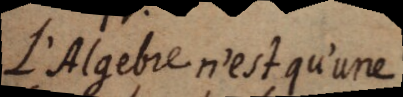
L’Algebre n’est qu’une